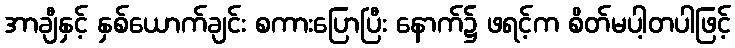
အာချီနှင့် နှစ်ယောက်ချင်း စကားပြောပြီး နောက်၌ ဖရင့်က စိတ်မပါ့တပါဖြင့်